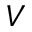
V